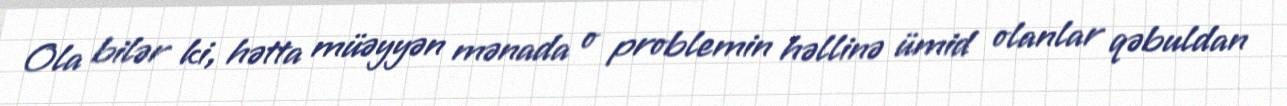
Ola bilər ki, hətta müəyyən mənada o problemin həllinə ümid olanlar qəbuldan